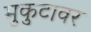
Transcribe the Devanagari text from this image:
मुकुटावर